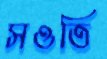
সওতি